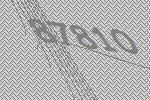
87810